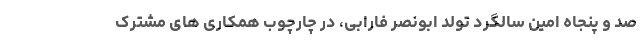
صد و پنجاه امین سالگرد تولد ابونصر فارابی، در چارچوب همکاری های مشترک